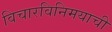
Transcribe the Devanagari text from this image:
विचारविनिमयाची